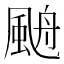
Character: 𩗋